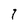
Character: 1